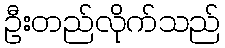
ဦးတည်လိုက်သည်